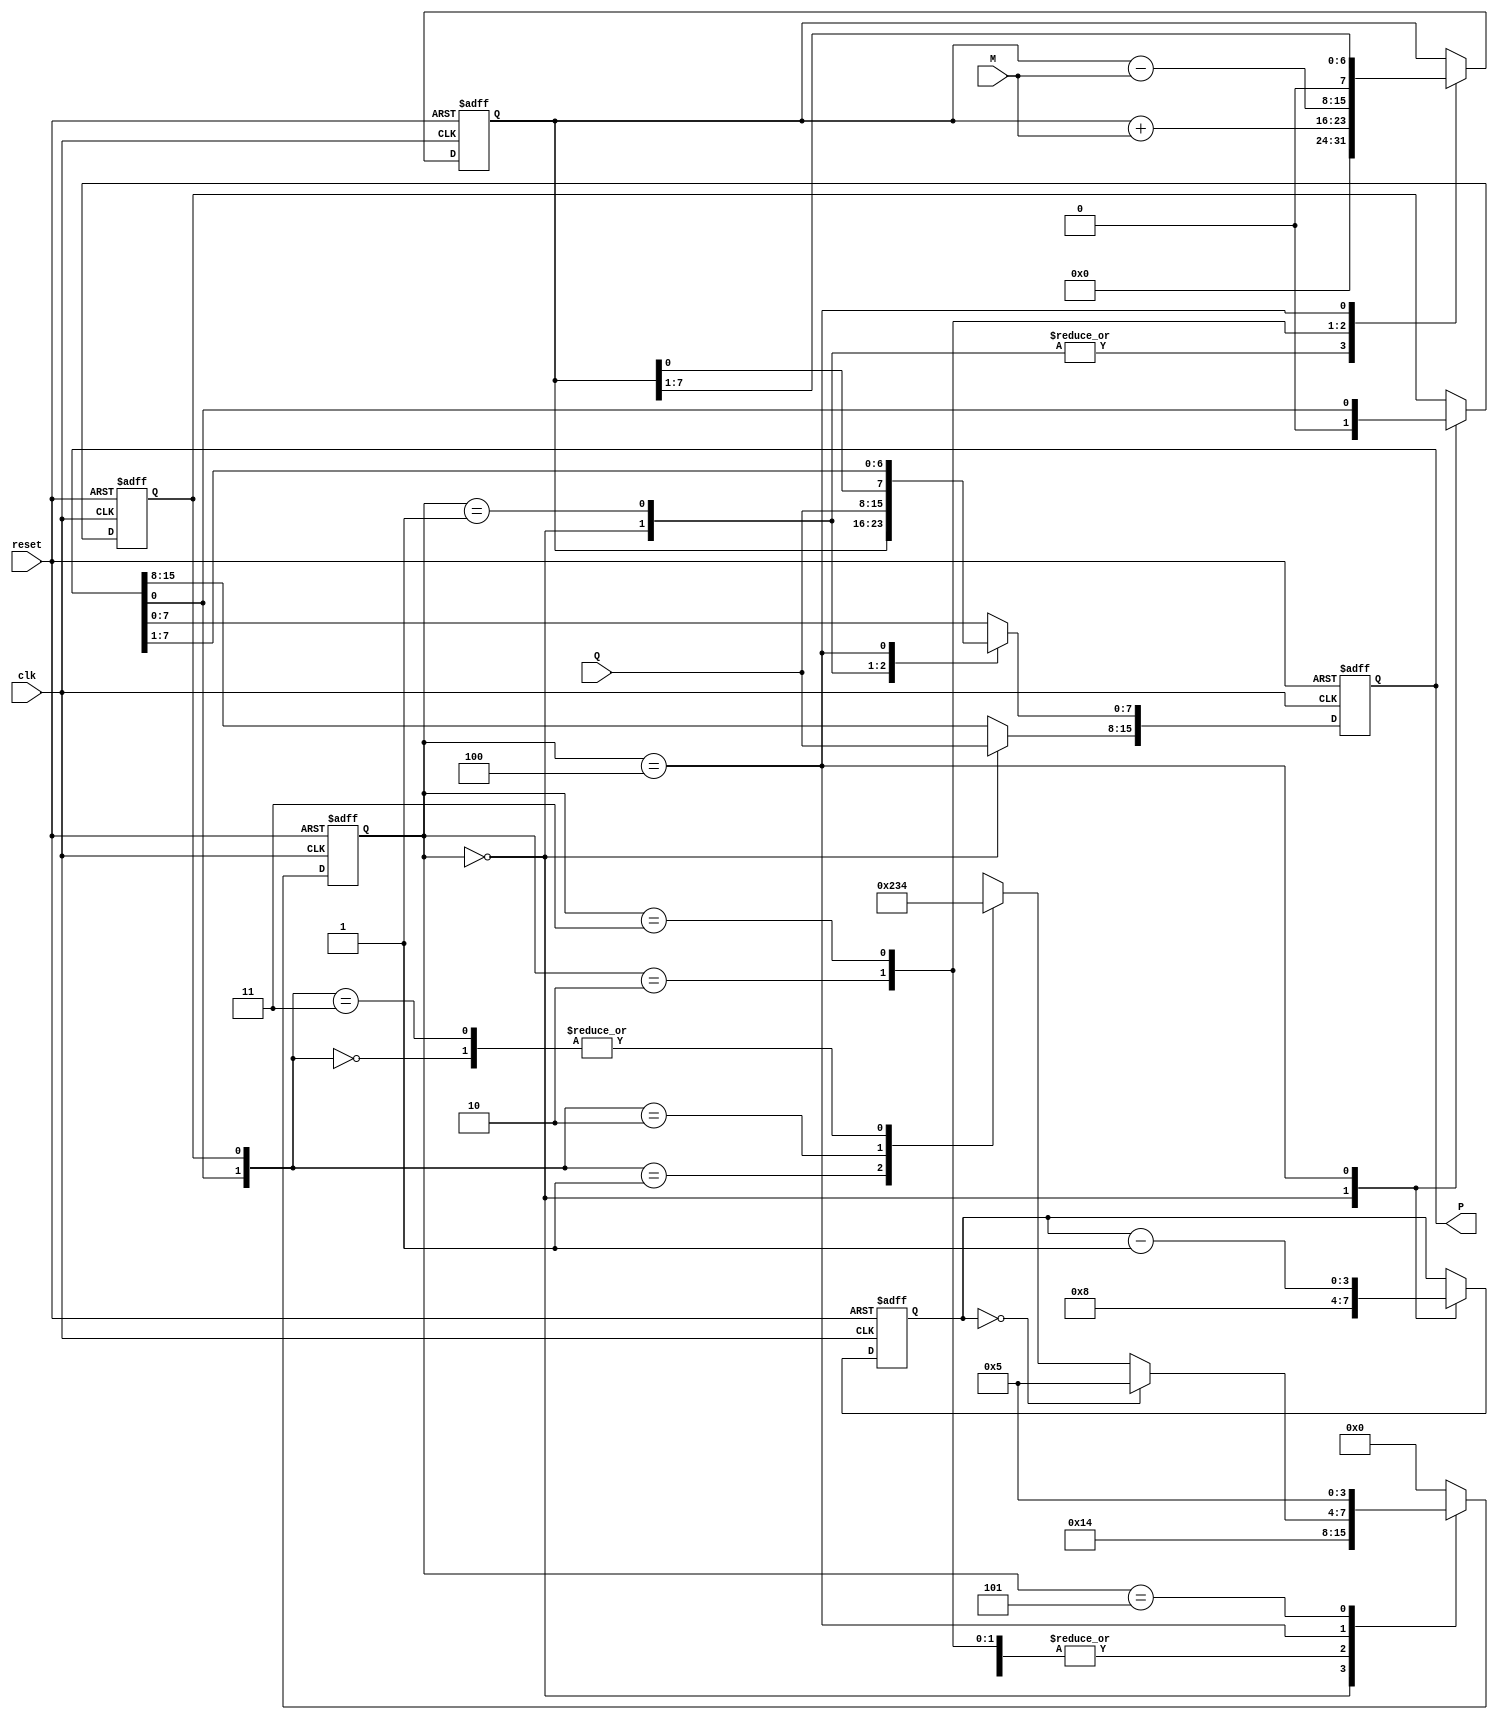
module booth_multiplier #(parameter N = 8) (
    input wire clk,
    input wire reset,
    input wire signed [N-1:0] M,    // Multiplicand
    input wire signed [N-1:0] Q,    // Multiplier
    output reg signed [2*N-1:0] P    // Product
);

    reg signed [N-1:0] A;           // Accumulator
    reg Q_1;                         // Previous bit
    reg [3:0] state;                // State for FSM
    reg [3:0] count;                // Iteration counter

    // State encoding
    localparam IDLE = 4'b0000,
               LOAD = 4'b0001,
               ADD = 4'b0010,
               SUB = 4'b0011,
               SHIFT = 4'b0100,
               DONE = 4'b0101;

    // Initial state
    always @(posedge clk or posedge reset) begin
        if (reset) begin
            A <= 0;
            Q_1 <= 0;
            P <= 0;
            count <= 0;
            state <= IDLE;
        end else begin
            case (state)
                IDLE: begin
                    A <= 0;
                    P <= {Q, A}; // Initialize product with Q and A
                    Q_1 <= 0;    // Initialize previous bit
                    count <= N;  // Set count for N iterations
                    state <= LOAD;
                end

                LOAD: begin
                    // Load multiplicand and multiplier
                    A <= 0;
                    P[N-1:0] <= Q; // Load Q into lower part of P
                    state <= SHIFT;
                end

                ADD: begin
                    A <= A + M; // Add multiplicand to accumulator
                    state <= SHIFT;
                end

                SUB: begin
                    A <= A - M; // Subtract multiplicand from accumulator
                    state <= SHIFT;
                end

                SHIFT: begin
                    // Perform arithmetic right shift
                    {A, P[N-1:0]} <= {A, P[N-1:0]} >> 1; // Shift right
                    Q_1 <= P[0]; // Update previous bit
                    count <= count - 1; // Decrement count

                    if (count == 0) begin
                        state <= DONE; // If done, go to DONE state
                    end else begin
                        // Determine next state based on Q[0] and Q_1
                        case ({P[0], Q_1})
                            2'b00: state <= SHIFT; // No operation
                            2'b01: state <= ADD;   // Add M
                            2'b10: state <= SUB;   // Subtract M
                            2'b11: state <= SHIFT; // No operation
                        endcase
                    end
                end

                DONE: begin
                    // Final product is in P
                    state <= DONE; // Stay in DONE state
                end

                default: state <= IDLE; // Default to IDLE
            endcase
        end
    end
endmodule